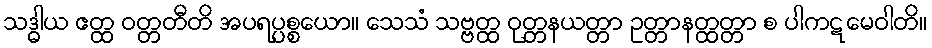
သဒ္ဓါယ ဧတ္ထ ဝတ္တတီတိ အပရပ္ပစ္စယော။ သေသံ သဗ္ဗတ္ထ ဝုတ္တနယတ္တာ ဥတ္တာနတ္ထတ္တာ စ ပါကဋမေဝါတိ။